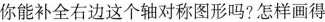
你能补全右边这个轴对称图形吗？怎样画得